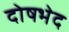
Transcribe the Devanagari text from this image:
दोषभेद